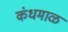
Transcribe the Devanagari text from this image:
कंधमाळ